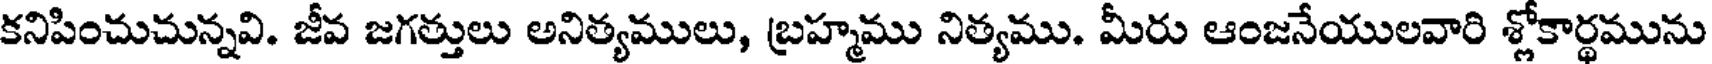
కనిపించుచున్నవి. జీవ జగత్తులు అనిత్యములు, బ్రహ్మము నిత్యము. మీరు ఆంజనేయులవారి శ్లోకార్థమును